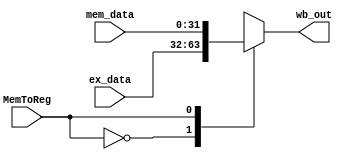
`timescale 1ns / 1ps
//////////////////////////////////////////////////////////////////////////////////
// Company: 
// Engineer: 
// 
// Design Name: 
// Module Name:    write_back 
// Project Name: 
// Target Devices: 
// Tool versions: 
// Description: 
//
// Dependencies: 
//
// Revision: 
// Revision 0.01 - File Created
// Additional Comments: 
//
//////////////////////////////////////////////////////////////////////////////////
module write_back(
    input MemToReg,
    input [31:0] mem_data,
    input [31:0] ex_data,
    output [31:0] wb_out
    );

	reg [31:0] aux = 0;
	 
	always @(*)
	begin
		case (MemToReg)
		0:
			aux = ex_data;
		1:
			aux = mem_data;		
		endcase
	end

	assign wb_out = aux;

endmodule